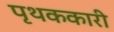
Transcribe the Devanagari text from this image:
पृथककारी